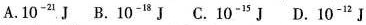
A.10^{-21}J B.10^{-18}J C.10^{-15}J D.10^{-12}J